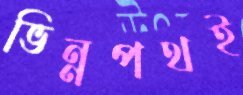
ভিন্নপথই